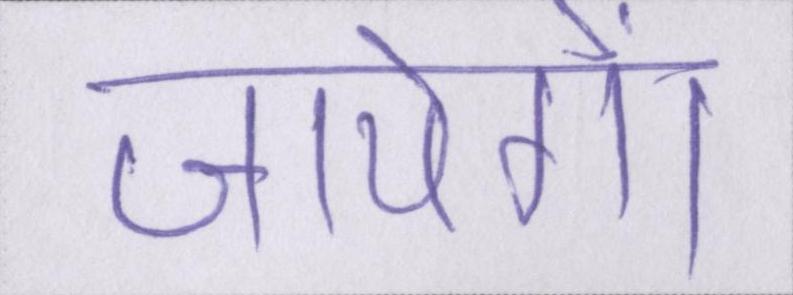
जायेंगे।